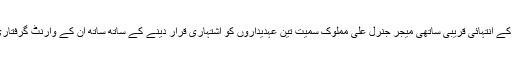
شامی صدر بشار الاسد کے انتہائی قریبی ساتھی میجر جنرل علی مملوک سمیت تین عہدیداروں کو اشتہاری قرار دینے کے ساتھ ساتھ ان کے وارنٹ گرفتاری جاری کیے گئے ہیں۔